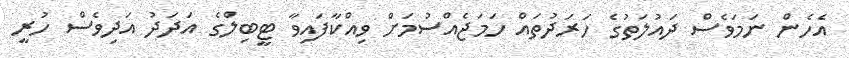
އެހެން ނަމަވެސް ދައުލަތުގެ ހަރަދުތައް ހަމަޖެއްސުމަށް ވިއްކާފައިވާ ޓީބިލްގެ އަދަދު އަދިވެސް ހުރީ